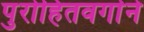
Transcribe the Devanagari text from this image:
पुरोहितवर्गाने